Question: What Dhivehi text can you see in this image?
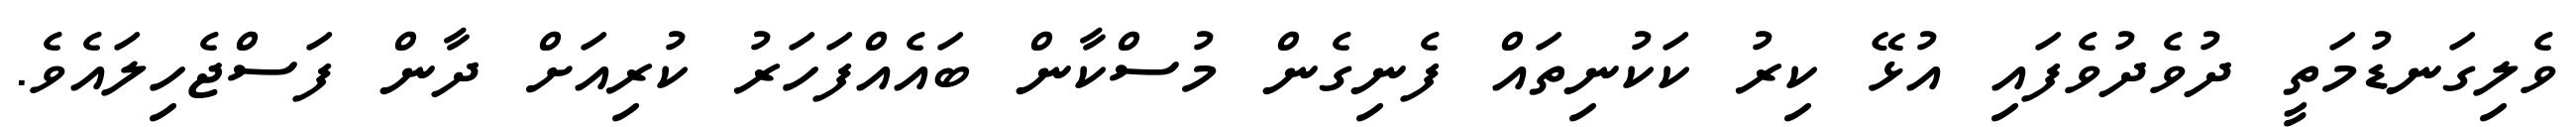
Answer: ވެލިގަނޑުމަތީ ދުވެދުވެފައި އުޅޭ ކިރު ކަކުނިތައް ފެނިގެން މުސްކާން ބައެއްފަހަރު ކުރިއަށް ދާން ފަސްޖެހިލައެވެ.